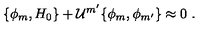
\{ \phi _ { m } , H _ { 0 } \} + { \cal U } ^ { m ^ { \prime } } \{ \phi _ { m } , \phi _ { m ^ { \prime } } \} \approx 0 \ .